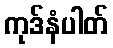
ကုဒ်နံပါတ်